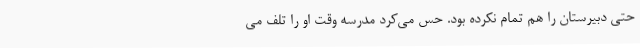
حتی دبیرستان را هم تمام نکرده بود. حس می‌کرد مدرسه وقت او را تلف می